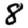
Digit: 8